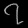
Digit: ၇